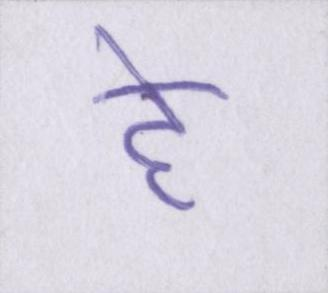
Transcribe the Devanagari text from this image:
हे